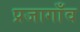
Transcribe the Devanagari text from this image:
प्रजागाँव